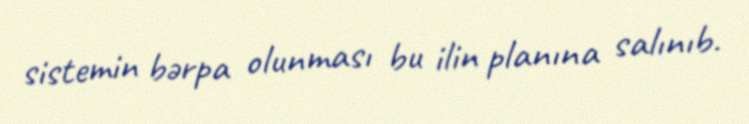
sistemin bərpa olunması bu ilin planına salınıb.